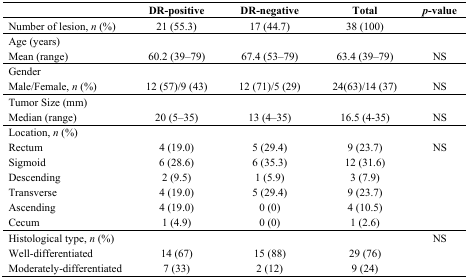
|  | DR-positive | DR-negative | Total | p-value |
 | --- | --- | --- | --- | --- |
 | Number of lesion, n (%) | 21 (55.3) | 17 (44.7) | 38 (100) |  |
 | <COLSPAN=5> Age (years) |
 | Mean (range) | 60.2 (39–79) | 67.4 (53–79) | 63.4 (39–79) | NS |
 | <COLSPAN=5> Gender |
 | Male/Female, n (%) | 12 (57)/9 (43) | 12 (71)/5 (29) | 24(63)/14 (37) | NS |
 | <COLSPAN=5> Tumor Size (mm) |
 | Median (range) | 20 (5–35) | 13 (4–35) | 16.5 (4–35) | NS |
 | <COLSPAN=5> Location, n (%) |
 | Rectum | 4 (19.0) | 5 (29.4) | 9 (23.7) | NS |
 | Sigmoid | 6 (28.6) | 6 (35.3) | 12 (31.6) |  |
 | Descending | 2 (9.5) | 1 (5.9) | 3 (7.9) |  |
 | Transverse | 4 (19.0) | 5 (29.4) | 9 (23.7) |  |
 | Ascending | 4 (19.0) | 0 (0) | 4 (10.5) |  |
 | Cecum | 1 (4.9) | 0 (0) | 1 (2.6) |  |
 | Histological type, n (%) |  |  |  | NS |
 | Well-differentiated | 14 (67) | 15 (88) | 29 (76) |  |
 | Moderately-differentiated | 7 (33) | 2 (12) | 9 (24) |  |